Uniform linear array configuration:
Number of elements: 16
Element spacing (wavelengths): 1
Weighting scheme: cosine
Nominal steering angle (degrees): -45
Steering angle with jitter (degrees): -45.692
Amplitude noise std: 0.05
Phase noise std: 0.05

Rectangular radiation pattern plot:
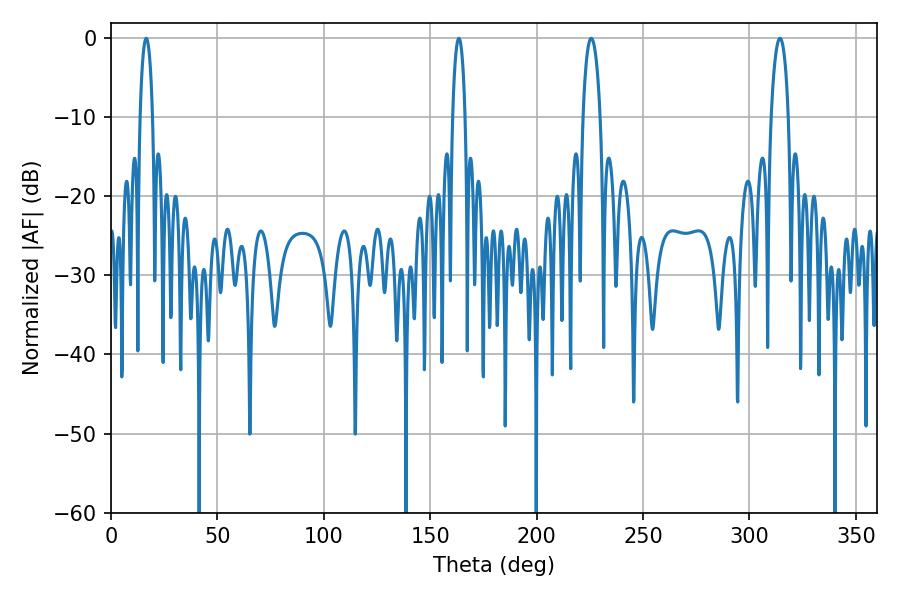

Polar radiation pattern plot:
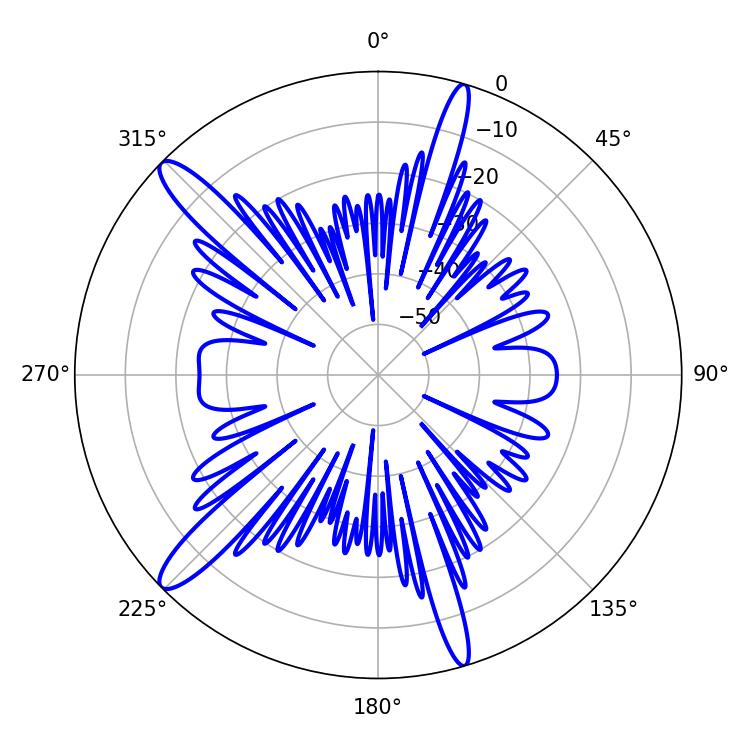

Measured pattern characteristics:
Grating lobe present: TRUE
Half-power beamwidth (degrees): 3.24
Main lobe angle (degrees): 16.56